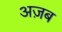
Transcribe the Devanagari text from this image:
अज़ब